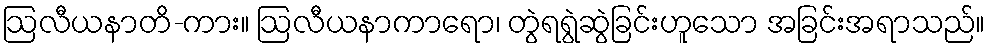
ဩလီယနာတိ-ကား။ ဩလီယနာကာရော၊ တွဲရရွဲဆွဲခြင်းဟူသော အခြင်းအရာသည်။